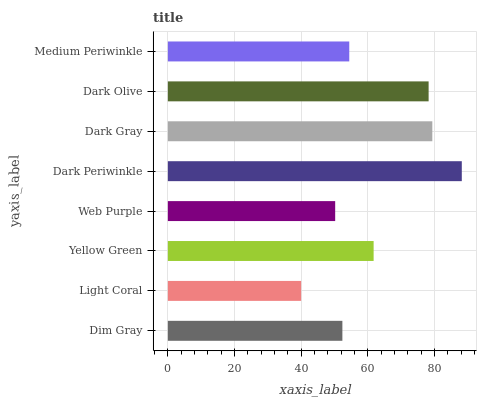
| yaxis_label | bars |
 | --- | --- |
 | Dim Gray | 52.3 |
 | Light Coral | 40 |
 | Yellow Green | 61.7 |
 | Web Purple | 50.2 |
 | Dark Periwinkle | 88.2 |
 | Dark Gray | 79.3 |
 | Dark Olive | 78.2 |
 | Medium Periwinkle | 54.4 |